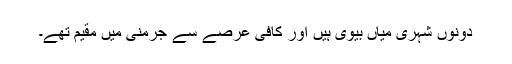
دونوں شہری میاں بیوی ہیں اور کافی عرصے سے جرمنی میں مقیم تھے۔